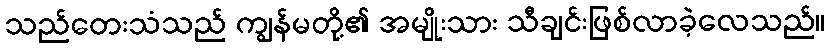
သည်တေးသံသည် ကျွန်မတို့၏ အမျိုးသား သီချင်းဖြစ်လာခဲ့လေသည်။